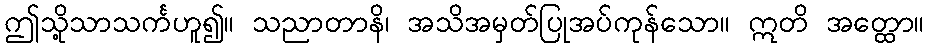
ဤသို့သာသင်္ကဟူ၍။ သညာတာနိ၊ အသိအမှတ်ပြုအပ်ကုန်သော။ ဣတိ အတ္ထော။